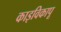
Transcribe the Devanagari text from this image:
काइविकापू